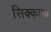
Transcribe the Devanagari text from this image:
सिक्कामा